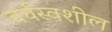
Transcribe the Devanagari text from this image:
वर्चस्वशील